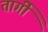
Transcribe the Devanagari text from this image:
तार्गी